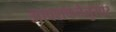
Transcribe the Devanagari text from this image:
आवशकतेनुसार